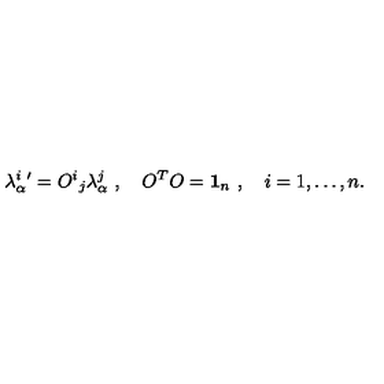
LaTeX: \lambda _ { \alpha } ^ { i } { ' } = { O ^ { i } } _ { j } \lambda _ { \alpha } ^ { j } \ , \quad O ^ { T } O = { \bf 1 } _ { n } \ , \quad i = 1 , \dots , n .